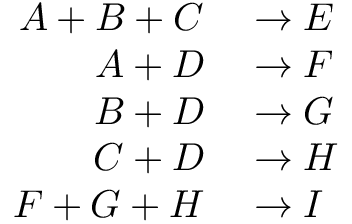
\begin{array} { r l } { A + B + C } & { { } \rightarrow E } \\ { A + D } & { { } \rightarrow F } \\ { B + D } & { { } \rightarrow G } \\ { C + D } & { { } \rightarrow H } \\ { F + G + H } & { { } \rightarrow I } \end{array}